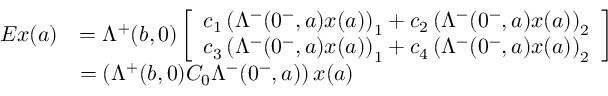
\begin{array} { r l } { E x ( a ) } & { = \Lambda ^ { + } ( b , 0 ) \left[ \begin{array} { l } { c _ { 1 } \left( \Lambda ^ { - } ( 0 ^ { - } , a ) x ( a ) \right) _ { 1 } + c _ { 2 } \left( \Lambda ^ { - } ( 0 ^ { - } , a ) x ( a ) \right) _ { 2 } } \\ { c _ { 3 } \left( \Lambda ^ { - } ( 0 ^ { - } , a ) x ( a ) \right) _ { 1 } + c _ { 4 } \left( \Lambda ^ { - } ( 0 ^ { - } , a ) x ( a ) \right) _ { 2 } } \end{array} \right] } \\ & { = \left( \Lambda ^ { + } ( b , 0 ) C _ { 0 } \Lambda ^ { - } ( 0 ^ { - } , a ) \right) x ( a ) } \end{array}